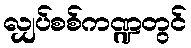
လျှပ်စစ်ကဏ္ဍတွင်